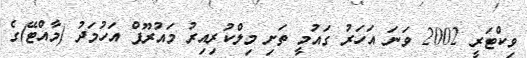
ވިކްޓަރީ 2002 ވަނަ އަހަރު ގައުމީ ތަށި މިލްކުރިއިރު މައުރޫފް އަހުމަދު (މާއްޓޭ)ގެ